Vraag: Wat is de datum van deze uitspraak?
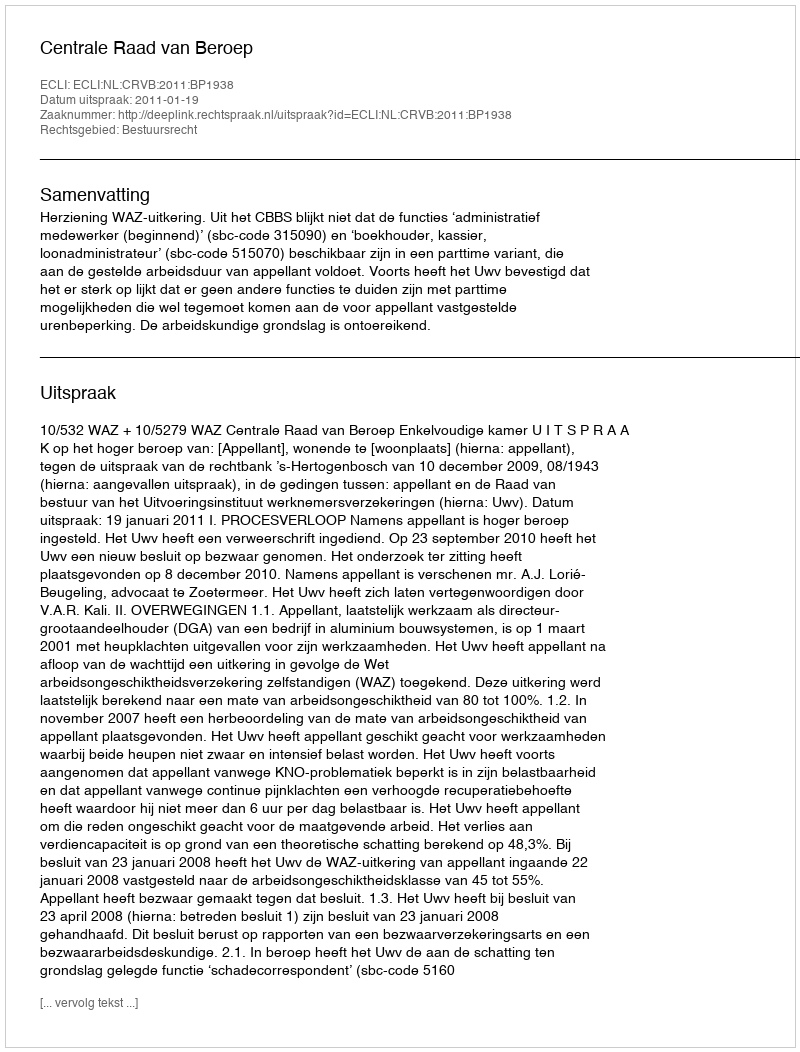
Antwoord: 2011-01-19